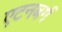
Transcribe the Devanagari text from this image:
एटनबर्ग